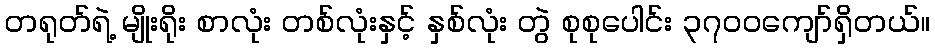
တရုတ်ရဲ့ မျိုးရိုး စာလုံး တစ်လုံးနှင့် နှစ်လုံး တွဲ စုစုပေါင်း ၃၇၀၀ကျော်ရှိတယ်။